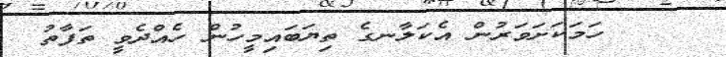
١٤    ހަމަކަށަވަރުން އެކަލާނގެ ތިޔަބައިމީހުން ހެއްދެވީ ތަފާތު